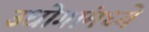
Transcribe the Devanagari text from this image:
उधोगांमध्ये